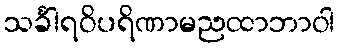
သင်္ခါရဝိပရိဏာမညထာဘာဝါ